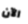
الآن